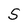
Character: S